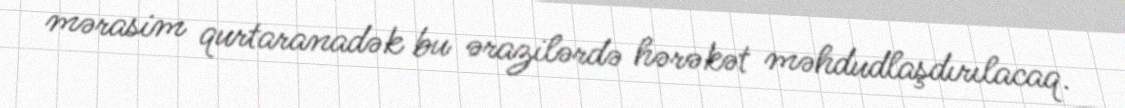
mərasim qurtaranadək bu ərazilərdə hərəkət məhdudlaşdırılacaq.